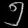
Digit: ၅